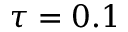
\tau = 0 . 1